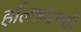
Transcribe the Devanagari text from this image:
र्हालश्रशपशी